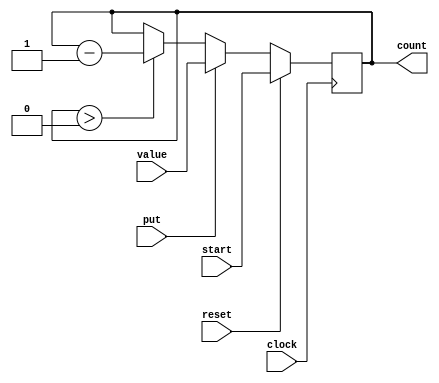
/*
 * Countdown Timer Module
 *
 * Copyright (c) 2021 Alexei A. Smekalkine <ikle@ikle.ru>
 *
 * SPDX-License-Identifier: BSD-2-Clause
 */

`ifndef TIMER_COUNTDOWN_V
`define TIMER_COUNTDOWN_V  1

module countdown #(
	parameter W = 8
)(
	input clock,
	input [W-1:0] start, input reset,
	input [W-1:0] value, input put, output reg [W-1:0] count
);
	always @(posedge clock)
		if (reset)
			count <= start;
		else
		if (put)
			count <= value;
		else
		if (count > 0)
			count <= count - 1;
endmodule

`endif  /* TIMER_COUNTDOWN_V */